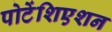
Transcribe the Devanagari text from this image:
पोटेंशिएशन